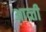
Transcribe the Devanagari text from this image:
आव्र्त्ती